Language: tamil
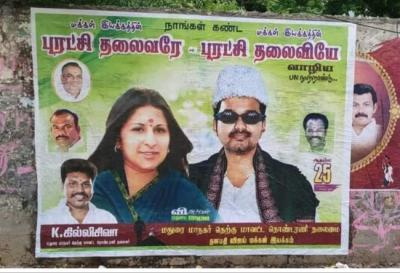
Transcription: நாங்கள் கண்ட புரட்சி தலைவரே புரட்சி தலைவியே வாழிய